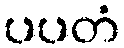
ပပတံ